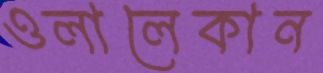
ওলালেকান